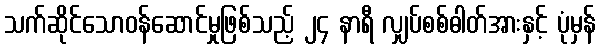
သက်ဆိုင်သောဝန်ဆောင်မှုဖြစ်သည့် ၂၄ နာရီ လျှပ်စစ်ဓါတ်အားနှင့် ပုံမှန်